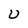
Character: U